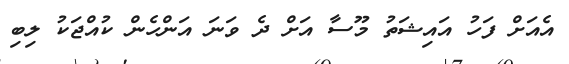
އެއަށް ފަހު އައިޝަތު މޫސާ އަށް ދެ ވަނަ އަންހެން ކުއްޖަކު ލިބި